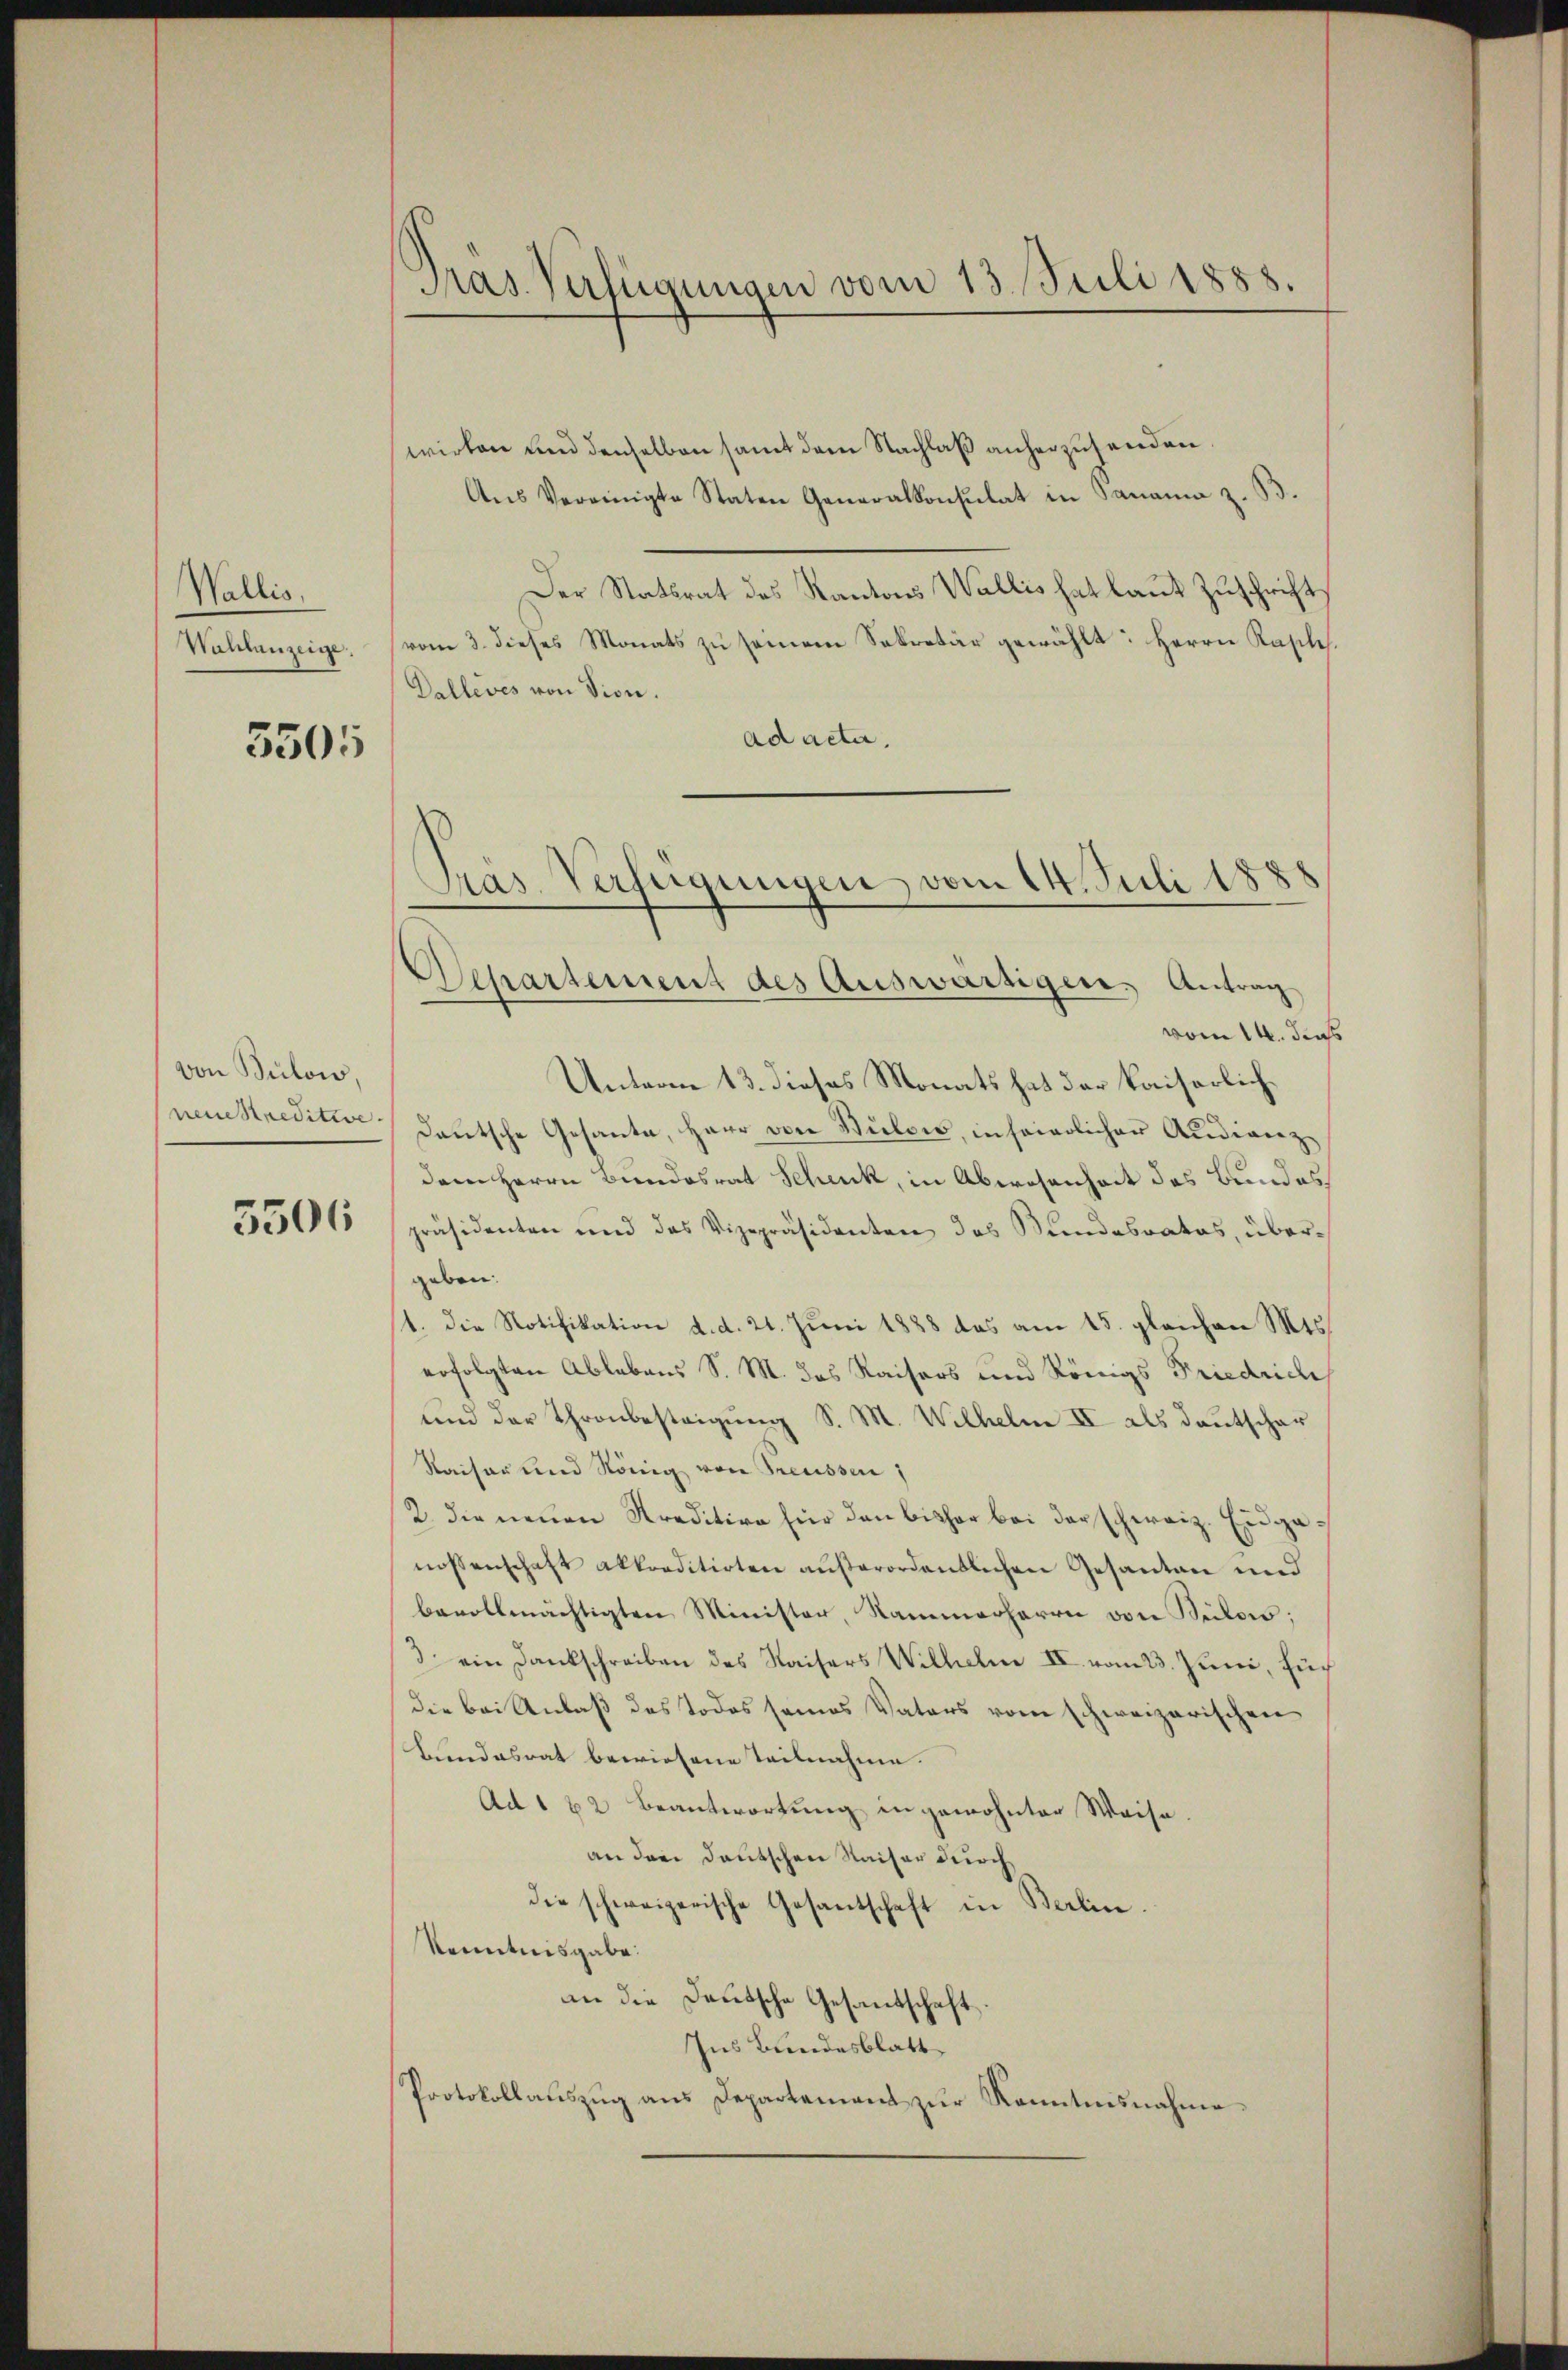
Wallis,
Wahlanzeige.

5505

von Bülow,
neucreditive.

5506

Pras Verfügungen vom 13. Juli 1888.

wirken und denselben samt dem Nachlaß anherzusenden.
Ans Vereinigte Staten Generalkonsulat in Panama z. B.
Der Statsrat des Kantons Wallis hat laut Zuschrift
vom 3. dieses Monats zu seinem Sekretär gewählt: Herrn Kaple¬
Dallevés von Vion.
ad acta.
vom 14. dens
Unterm 13. dieses Monats hat der kaiserlich¬
Deutsche Gesante, Herr von Bülows, in seierlicher Audienzdem Herrn Bundesrat Schenk, in Abwesenheit des Bundes
präsidenten und das Vizepräsidenten das Bundesrates, übergeben.
1. Die Notifikation d. d. 21. Juni 1888 das am 15. gleichen Mts.
erfolgten Ablebens S. M. des Kaisers und Königs Friedriche
und der Thronbesteigung S. M. Wilhelm II als Deutschar
Kaiser und König von Treussen,
2. die neuen Kreditive für den bisher bei der schweiz. Eidgenossenschaft akkorditirten außerordentlichen Gesanten und
bevollmächtigten Minister, Nammerherrn von Bilows;
3 ein Dankschreiben des Kaisers Wilhelm II. vom 23. Juni, Fuch
die bei Anlaß des Todes seines Vaters vom schweizerischen
Bundesrat bewiesene Teilnahme.
Ad 162 Beantwortung in gewohnter Weise
an den deutschen Kaiser durch
die schweizerische Gesantschaft in Berlin.
Kenntnisgabe.
an die Deutsche Gesandschaft
Ins Bundesblatt
Protokollaŭszŭg ans Departement zŭr Kenntnisnahme

Pras Verfügungen, vom 14. Juli 1888
Separtement des Auswärtigen, Antrag